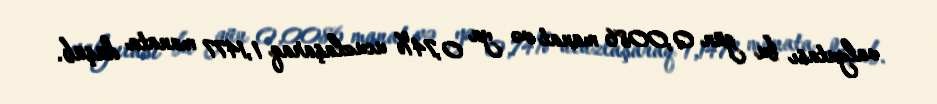
valyutası bu gün 0,0086 manat və ya 0,74% ucuzlaşaraq 1,1477 manata düşüb.